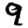
Digit: 9